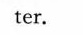
ter.